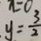
y = \frac { 3 } { 2 }